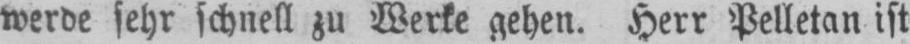
werde sehr schnell zu Werke gehen. Herr Pelletan ist